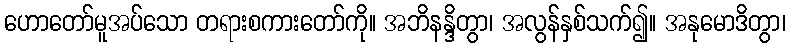
ဟောတော်မူအပ်သော တရားစကားတော်ကို။ အဘိနန္ဒိတွာ၊ အလွန်နှစ်သက်၍။ အနုမောဒိတွာ၊